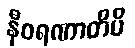
နီဝရဏာတိပိ